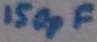
Text: 150pF